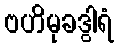
ဗဟိမုခဒွါရံ